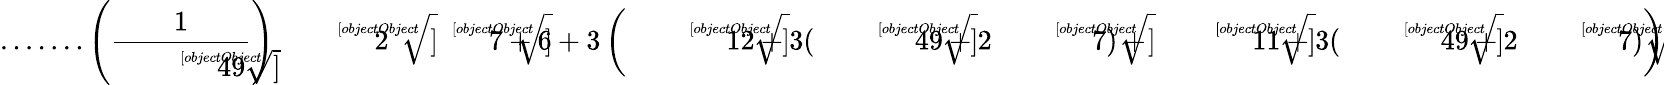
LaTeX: {\mathrm{.......}}\left({\frac{1}{\sqrt[[objectObject]]{49}}}\right){\sqrt[[objectObject]]{2{\sqrt[[objectObject]]{7}}+6+3\left({\sqrt[[objectObject]]{12+3({\sqrt[[objectObject]]{49}}+2{\sqrt[[objectObject]]{7}})}}+{\sqrt[[objectObject]]{11+3({\sqrt[[objectObject]]{49}}+2{\sqrt[[objectObject]]{7}})}}\right)}}